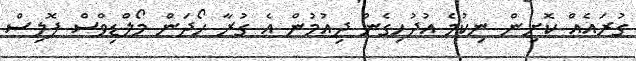
ގުރައެއް ކޮށިން ނިކުމެ އުދުހިގެން ދިއުމުން އެ ގުރާ ހޯދަން މޯލްޑިވްސް ޕޮލިސް